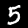
Label: 5